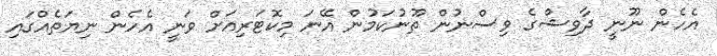
އެހެން ނޫނީ ދާވިޝްގެ ވިސްނުން ތޫނުކަމުން އޭނަ މިކޮޓަރިއަށް ވަނީ އެހެން ނިޔަތެއްގައި